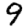
Digit: 9